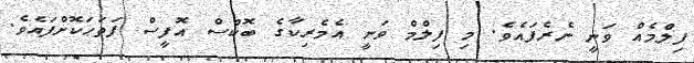
ފިލްމެއް ވަނީ ނެރެފައެވެ. މި ފިލްމް ވަނީ އެމެރިކާގެ ބޮކްސް އޮފީސް ފަތަޙަކޮށްފައެވެ.